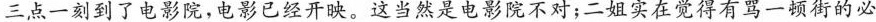
三点一刻到了电影院，电影已经开映。这当然是电影院不对；二姐实在觉得有骂一顿街的必